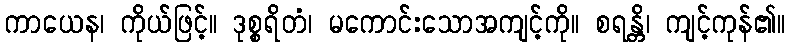
ကာယေန၊ ကိုယ်ဖြင့်။ ဒုစ္စရိတံ၊ မကောင်းသောအကျင့်ကို။ စရန္တိ၊ ကျင့်ကုန်၏။